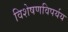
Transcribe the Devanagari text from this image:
विशेषणविपर्यय